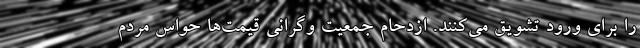
را برای ورود تشویق می‌کنند. ازدحام جمعیت وگرانی قیمت‌ها حواس مردم